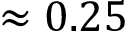
\approx 0 . 2 5